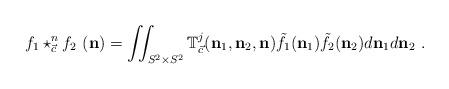
LaTeX: \begin{align*}f_{1}\star_{\vec{c}}^{n}f_{2}\ (\mathbf{n})=\iint_{S^{2}\times S^{2}}\mathbb{T}_{\vec{c}}^{j}(\mathbf{n}_{1},\mathbf{n}_{2},\mathbf{n})\tilde{f}_{1}(\mathbf{n}_{1})\tilde{f}_{2}(\mathbf{n}_{2})d\mathbf{n}_{1}d\mathbf{n}_{2}\ . \end{align*}